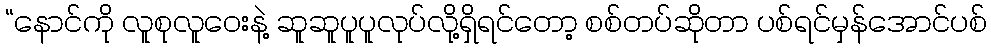
“နောင်ကို လူစုလူဝေးနဲ့ ဆူဆူပူပူလုပ်လို့ရှိရင်တော့ စစ်တပ်ဆိုတာ ပစ်ရင်မှန်အောင်ပစ်